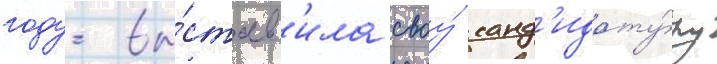
году вы́став'ила своу́ канд'идату́ру